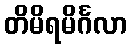
တိမိရမိင်္ဂလာ